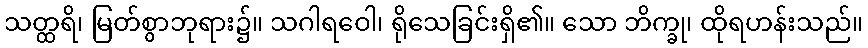
သတ္ထရိ၊ မြတ်စွာဘုရား၌။ သဂါရဝေါ၊ ရိုသေခြင်းရှိ၏။ သော ဘိက္ခု၊ ထိုရဟန်းသည်။